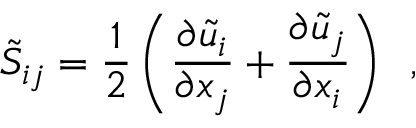
\tilde { S } _ { i j } = \frac { 1 } { 2 } \left( \frac { \partial \tilde { u } _ { i } } { \partial x _ { j } } + \frac { \partial \tilde { u } _ { j } } { \partial x _ { i } } \right) \, \mathrm { ~ , ~ }